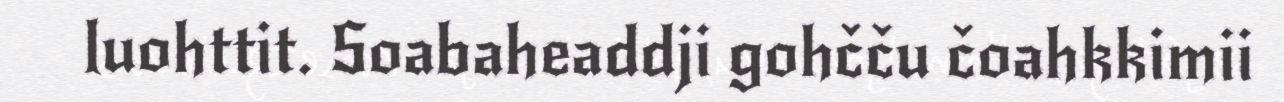
luohttit. Soabaheaddji gohčču čoahkkimii